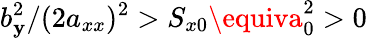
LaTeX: b_{\mathbf{y}}^{2}/(2a_{xx})^{2}>S_{x0}\equiva_{0}^{2}>0